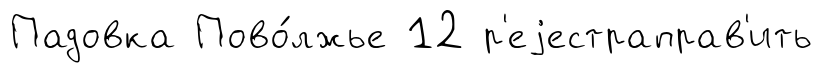
Падовка Пово́лжье 12 р'еjестраправ'ить